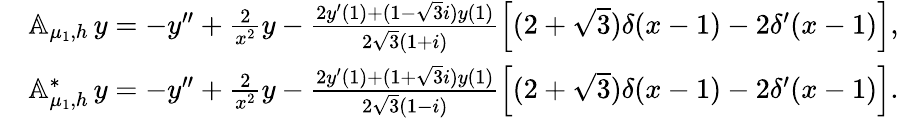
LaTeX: \begin{array}{rl}&{{\mathbb A}_{\mu_{1},h}\, y=-y^{\prime\prime}+\frac{2}{x^{2}}y-\frac{2y^{\prime}(1)+(1-{\sqrt 3}i)y(1)}{{2}{\sqrt 3}(1+i)}\left[{(2+\sqrt 3)}\delta(x-1)-2\delta^{\prime}(x-1)\right],}\\ &{{\mathbb A}_{\mu_{1},h}^{*}\, y=-y^{\prime\prime}+\frac{2}{x^{2}}y-\frac{2y^{\prime}(1)+(1+{\sqrt 3}i)y(1)}{{2}{\sqrt 3}(1-i)}\left[{(2+\sqrt 3)}\delta(x-1)-2\delta^{\prime}(x-1)\right].}\end{array}